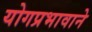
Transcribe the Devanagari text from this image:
योगप्रभावाने